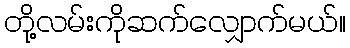
တို့လမ်းကိုဆက်လျှောက်မယ်။